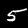
Digit: 5